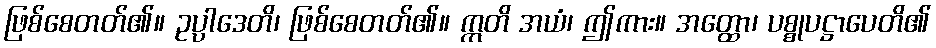
ဖြစ်စေတတ်၏။ ဥပ္ပာဒေတိ၊ ဖြစ်စေတတ်၏။ ဣတိ အယံ၊ ဤကား။ အတ္ထော၊ ပစ္စုပဋ္ဌာပေတိ၏